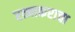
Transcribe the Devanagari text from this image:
रत्नाकराचा